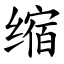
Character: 缩